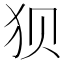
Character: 狈